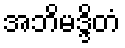
အဘိမဒ္ဒိတံ